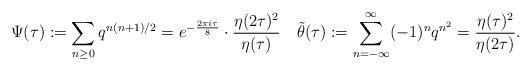
LaTeX: \begin{align*}\Psi(\tau):=\sum_{n\geq 0}q^{n(n+1)/2}=e^{-\frac{2\pi i\tau}{8}}\cdot\dfrac{\eta(2\tau)^2}{\eta(\tau)}\quad\tilde{\theta}(\tau):=\sum_{n=-\infty}^\infty (-1)^n q^{n^2}=\dfrac{\eta(\tau)^2}{\eta(2\tau)}. \end{align*}